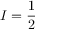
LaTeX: I = { \frac { 1 } { 2 } }